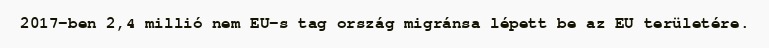
2017-ben 2,4 millió nem EU-s tag ország migránsa lépett be az EU területére.